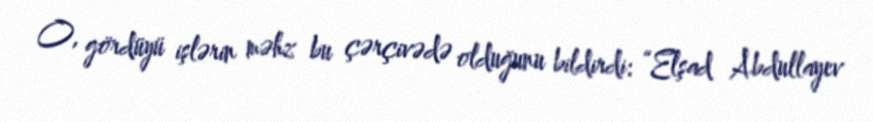
O, gördüyü işlərin məhz bu çərçivədə olduğunu bildirdi: “Elşad Abdullayev